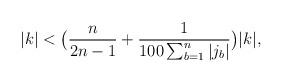
LaTeX: \begin{align*}|k|<\big(\frac{n}{2n-1}+\frac{1}{100\sum_{b=1}^n|j_b|}\big)|k|,\end{align*}